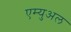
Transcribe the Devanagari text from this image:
एम्युअल